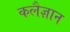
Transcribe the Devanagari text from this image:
कलैज्ञान